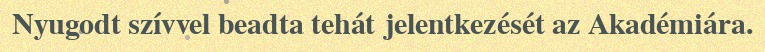
Nyugodt szívvel beadta tehát jelentkezését az Akadémiára.